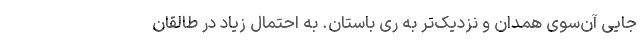
جایی آن‌سوی همدان و نزدیک‌تر به ری باستان. به احتمال زیاد در طالقان